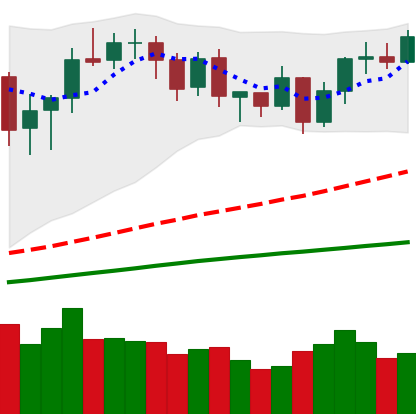
Ticker: BNB-USD
Chart end date: 2020-08-30
Forward return: -10.949%
Label: down_7plus